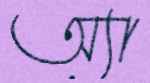
অ্যা